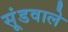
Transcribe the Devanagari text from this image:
सूंडवाले